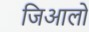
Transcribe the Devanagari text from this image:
जिआलो